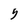
Character: 5